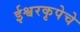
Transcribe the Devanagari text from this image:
ईश्वरकृपेचे